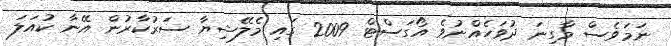
ނަމަވެސް މާގިނަ ދުވަހެއްނުވެ އޯގަސްޓް 2009 ގައި މެލޭޝިޔާ ސަރުކާރުން އޭނާ ކުއަލަ